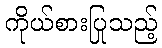
ကိုယ်စားပြုသည့်